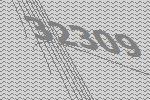
32309